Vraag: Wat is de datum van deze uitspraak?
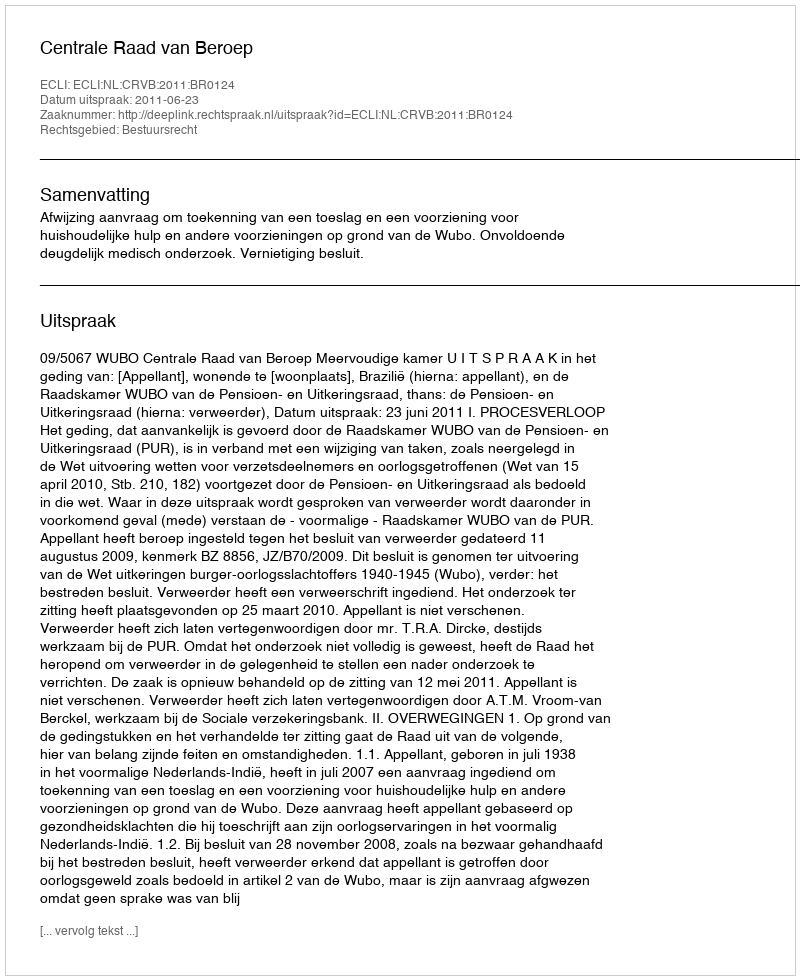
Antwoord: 2011-06-23